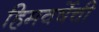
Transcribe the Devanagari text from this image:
हिमवर्षेची